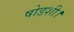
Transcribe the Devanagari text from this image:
षोडशी।